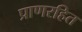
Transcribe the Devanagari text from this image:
प्राणरहित